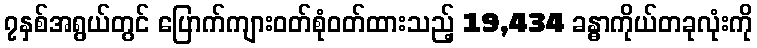
၇နှစ်အရွယ်တွင် ပြောက်ကျားဝတ်စုံဝတ်ထားသည့် 19,434 ခန္ဓာကိုယ်တခုလုံးကို